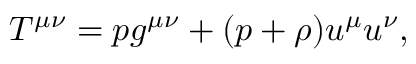
T ^ { \mu \nu } = p g ^ { \mu \nu } + ( p + \rho ) u ^ { \mu } u ^ { \nu } ,